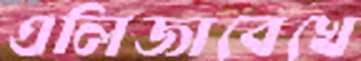
এলিজাবেখে